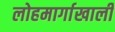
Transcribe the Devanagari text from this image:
लोहमार्गाखाली